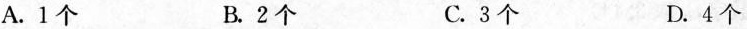
A.1个 B.2个 C.3个 D.4个